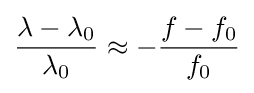
{\frac {\lambda -\lambda _{0}}{\lambda _{0}}}\approx -{\frac {f-f_{0}}{f_{0}}}